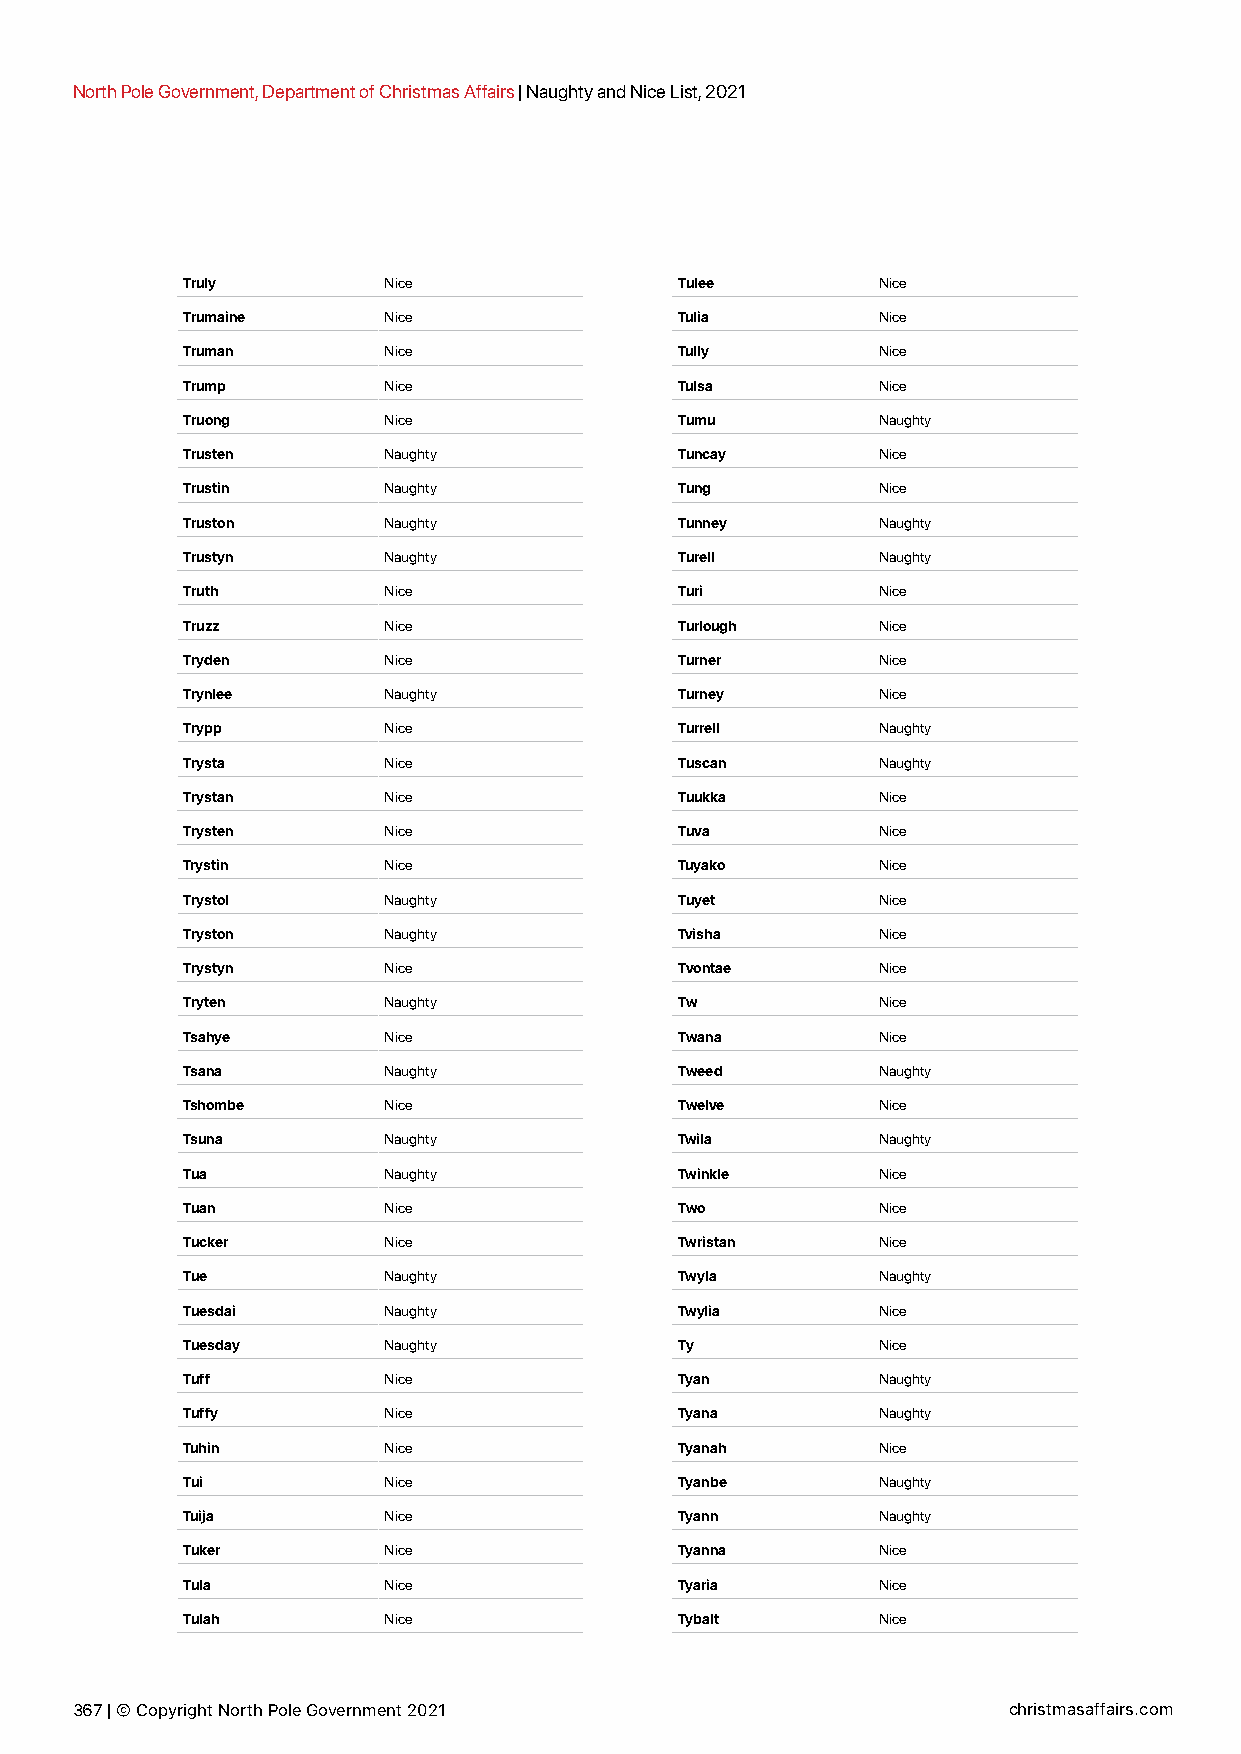
North Pole Government, Department of Christmas Affairs | Naughty and Nice List, 2021
 Truly        Nice                Tulee        Nice
 Trumaine     Nice                Tulia        Nice
 Truman       Nice                Tully        Nice
 Trump        Nice                Tulsa        Nice
 Truong       Nice                Tumu         Naughty
 Trusten      Naughty             Tuncay       Nice
 Trustin      Naughty             Tung         Nice
 Truston      Naughty             Tunney       Naughty
 Trustyn      Naughty             Turell       Naughty
 Truth        Nice                Turi         Nice
 Truzz        Nice                Turlough     Nice
 Tryden       Nice                Turner       Nice
 Trynlee      Naughty             Turney       Nice
 Trypp        Nice                Turrell      Naughty
 Trysta       Nice                Tuscan       Naughty
 Trystan      Nice                Tuukka       Nice
 Trysten      Nice                Tuva         Nice
 Trystin      Nice                Tuyako       Nice
 Trystol      Naughty             Tuyet        Nice
 Tryston      Naughty             Tvisha       Nice
 Trystyn      Nice                Tvontae      Nice
 Tryten       Naughty             Tw           Nice
 Tsahye       Nice                Twana        Nice
 Tsana        Naughty             Tweed        Naughty
 Tshombe      Nice                Twelve       Nice
 Tsuna        Naughty             Twila        Naughty
 Tua          Naughty             Twinkle      Nice
 Tuan         Nice                Two          Nice
 Tucker       Nice                Twristan     Nice
 Tue          Naughty             Twyla        Naughty
 Tuesdai      Naughty             Twylia       Nice
 Tuesday      Naughty             Ty           Nice
 Tuff         Nice                Tyan         Naughty
 Tuffy        Nice                Tyana        Naughty
 Tuhin        Nice                Tyanah       Nice
 Tui          Nice                Tyanbe       Naughty
 Tuija        Nice                Tyann        Naughty
 Tuker        Nice                Tyanna       Nice
 Tula         Nice                Tyaria       Nice
 Tulah        Nice                Tybalt       Nice
 367 | © Copyright North Pole Government 2021                  christmasaffairs.com